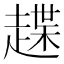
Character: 𧽅